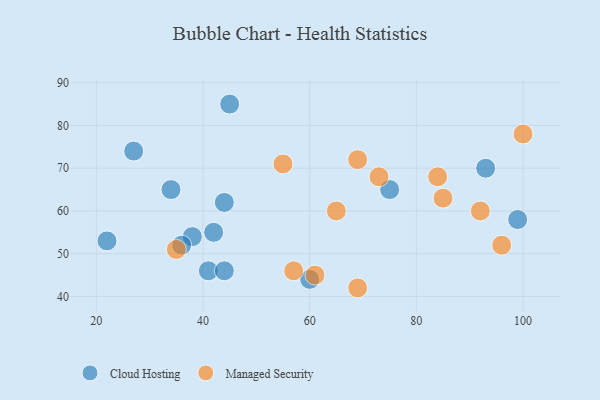
{"axis": {"x": "GDP", "y": "Life Expectancy"}, "legend": ["Cloud Hosting", "Managed Security"], "data": [{"x": "45", "y": 85, "type": "Cloud Hosting"}, {"x": "93", "y": 70, "type": "Cloud Hosting"}, {"x": "27", "y": 74, "type": "Cloud Hosting"}, {"x": "38", "y": 54, "type": "Cloud Hosting"}, {"x": "99", "y": 58, "type": "Cloud Hosting"}, {"x": "75", "y": 65, "type": "Cloud Hosting"}, {"x": "22", "y": 53, "type": "Cloud Hosting"}, {"x": "34", "y": 65, "type": "Cloud Hosting"}, {"x": "60", "y": 44, "type": "Cloud Hosting"}, {"x": "44", "y": 62, "type": "Cloud Hosting"}, {"x": "42", "y": 55, "type": "Cloud Hosting"}, {"x": "41", "y": 46, "type": "Cloud Hosting"}, {"x": "36", "y": 52, "type": "Cloud Hosting"}, {"x": "44", "y": 46, "type": "Cloud Hosting"}, {"x": "96", "y": 52, "type": "Managed Security"}, {"x": "73", "y": 68, "type": "Managed Security"}, {"x": "65", "y": 60, "type": "Managed Security"}, {"x": "57", "y": 46, "type": "Managed Security"}, {"x": "55", "y": 71, "type": "Managed Security"}, {"x": "69", "y": 72, "type": "Managed Security"}, {"x": "84", "y": 68, "type": "Managed Security"}, {"x": "61", "y": 45, "type": "Managed Security"}, {"x": "92", "y": 60, "type": "Managed Security"}, {"x": "69", "y": 42, "type": "Managed Security"}, {"x": "100", "y": 78, "type": "Managed Security"}, {"x": "35", "y": 51, "type": "Managed Security"}, {"x": "85", "y": 63, "type": "Managed Security"}]}